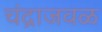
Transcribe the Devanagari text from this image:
चंद्राजवळ